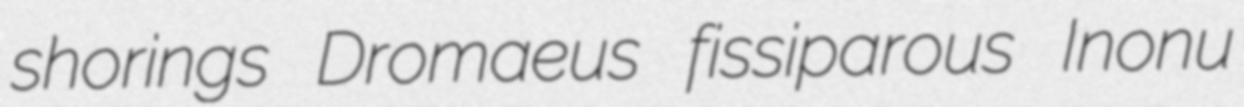
shorings Dromaeus fissiparous Inonu